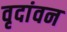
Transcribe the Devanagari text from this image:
वृदांवन